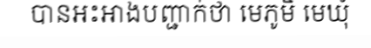
បានអះអាងបញ្ជាក់ថា មេភូមិ មេឃុំ